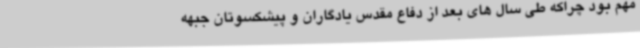
مهم بود چراکه طی سال های بعد از دفاع مقدس یادگاران و پیشکسوتان جبهه